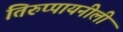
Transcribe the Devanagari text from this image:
तिरुप्पायनीली